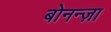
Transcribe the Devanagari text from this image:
बोनन्ज़ा